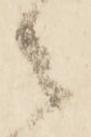
々